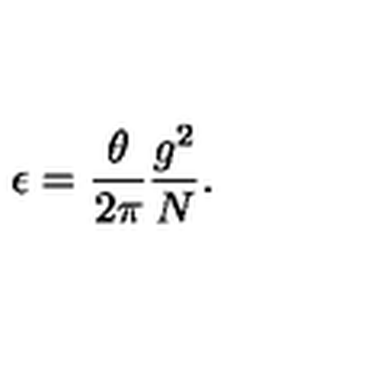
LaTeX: \epsilon = \frac { \theta } { 2 \pi } \frac { g ^ { 2 } } { N } .